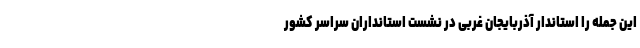
این جمله‌ را استاندار آذربایجان غربی در نشست استانداران سراسر کشور